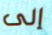
إلى